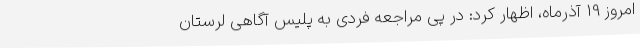
امروز 19 آذرماه، اظهار کرد: در پی مراجعه فردی به پلیس آگاهی لرستان